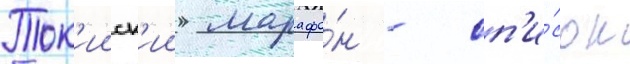
Ток'ииск'ии марафо́н - сп'и́сок